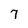
Character: 7